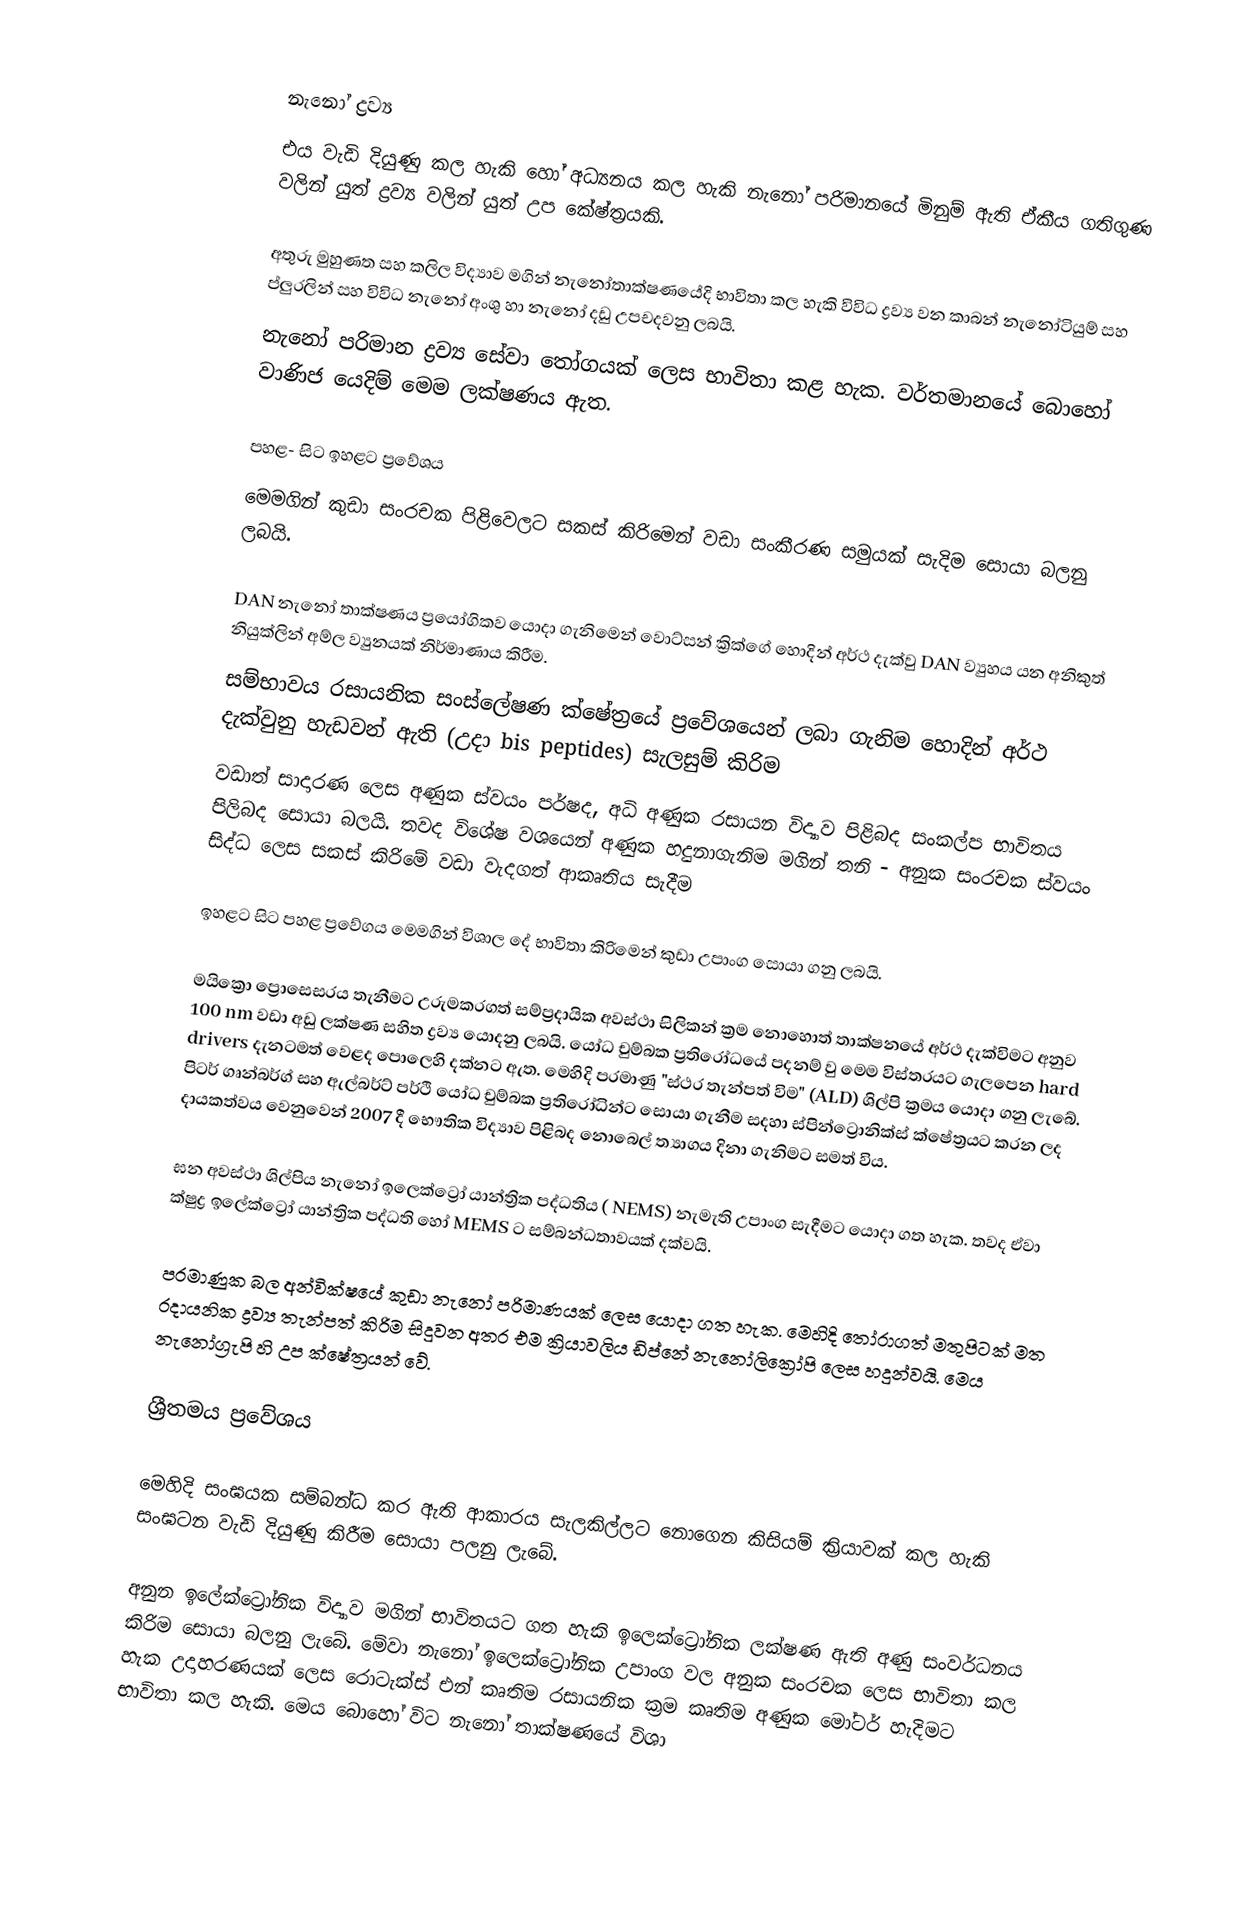

නැනෝ ද්‍රව්‍ය
එය වැඩි දියුණු කල හැකි හෝ අධ්‍යනය කල හැකි නැනෝ පරිමානයේ මිනුම් ඇති ඒකීය ගතිගුණ වලින් යුත් ද්‍රව්‍ය වලින් යුත් උප කේෂ්ත්‍රයකි.

අතුරු මුහුණත සහ කලිල විද්‍යාව මගින් නැනෝතාක්ෂණයේදි භාවිතා කල හැකි විවිධ ද්‍රව්‍ය වන කාබන් නැනෝටියුම් සහ ප්ලුරලින් සහ විවිධ නැනෝ අංශු හා නැනෝ දඩු උපචදවනු ලබයි.
නැනෝ පරිමාන ද්‍රව්‍ය සේවා තෝගයක් ලෙස භාවිතා කළ හැක. වර්තමානයේ බොහෝ වාණිජ යෙදිම් මෙම ලක්ෂණය ඇත.

පහළ- සිට ඉහළට ප්‍රවේශය
මෙමගින් කුඩා සංරචක පිළිවෙලට සකස් කිරිමෙන් වඩා සංකීරණ සමුයක් සැදිම සොයා බලනු ලබයි.

DAN නැනෝ තාක්ෂණය ප්‍ර‍යෝගිකව යොදා ගැනිමෙන් වොට්සන් ක්‍රික්ගේ හොදින් අර්ථ දැක්වු DAN ව්‍යුහය යන අනිකුත් නියුක්ලින් අම්ල ව්‍යුනයක් නිර්මාණාය කිරීම.
සම්භාවය රසායනික සංස්ලේෂණ ‍ක්ෂේත්‍රයේ ප්‍රවේශයෙන් ලබා ගැනිම හොදින් අර්ථ දැක්වුනු හැඩවන් ඇති (උදා bis peptides) සැලසුම් කිරිම
වඩාත් සාදාරණ ලෙස අණුක ස්වයං පර්ෂද, අධි අණුක රසායන විද්‍යාව පිළිබද සංකල්ප භාවිතය පිලිබද සොයා බලයි. තවද විශේෂ වශයෙන් අණුක හදුනාගැනිම මගින් තනි - අනුක සංරචක ස්වයං සිද්ධ ලෙස සකස් කිරිමේ වඩා වැදගත් ආකෘතිය සැදීම

ඉහළට සිට පහළ ප්‍රවේගය මෙමගින් විශාල දේ භාවිතා කිරිමෙන් කුඩා උපාංග සොයා ගනු ලබයි.

මයික්‍රො ප්‍රොසෙසරය තැනීමට උරුමකරගත් සම්ප්‍රදායික අවස්ථා සිලිකන් ක්‍රම නොහොත් තාක්ෂනයේ අර්ථ දැක්විමට අනුව 100 nm වඩා අඩු ලක්ෂණ සහිත ද්‍රව්‍ය යොදනු ලබයි. යෝධ චුම්බක ප්‍රතිරෝධයේ පදනම් වු මෙම විස්තරයට ගැලපෙන hard drivers දැනටමත් වෙළද පොලෙහි දක්නට ඇත. මෙහිදි පරමාණු "ස්ථර තැන්පත් විම" (ALD) ශිල්පි ක්‍රමය යොදා ගනු ලැබේ. පිටර් ගෘන්බර්ග් සහ ඇල්බර්ට් පර්ථි යෝධ චුම්බක ප්‍රතිරෝධින්ට සොයා ගැනීම සදහා ස්පින්ට්‍රොනික්ස් ‍ක්ෂේත්‍රයට කරන ලද දායකත්වය වෙනුවෙන් 2007 දී භෞතික විද්‍යාව පිළිබද නොබෙල් ත්‍යාගය දිනා ගැනිමට සමත් විය.

ඝන අවස්ථා ශිල්පිය නැනෝ ඉලෙක්ට්‍රෝ යාන්ත්‍රික පද්ධතිය ( NEMS)  නැමැති උපාංග සැදීමට යොදා ගත හැක. තවද ඒවා ක්ෂුද්‍ර ඉලේක්ට්‍රෝ ‍යාන්ත්‍රික පද්ධති හෝ MEMS ට සම්බන්ධතාවයක් දක්වයි.

පරමාණුක බල අන්වික්ෂයේ කුඩා නැනෝ පරිමාණයක් ලෙස යොදා ගත හැක. මෙහිදි තෝරාගත් මතුපිටක් මත රදායනික ද්‍රව්‍ය තැන්පත් කිරිම සිදුවන අතර එම ක්‍රියාවලිය ඩිප්නේ නැනෝලික්‍රෝපි ලෙස හදුන්වයි. මෙය නැනෝග්‍රැපි හි උ‍ප ක්ෂේත්‍රයන් වේ.

ශ්‍රීතමය ප්‍රවේශය

මෙහිදි සංඝයක සම්බන්ධ කර ඇති ආකාරය සැලකිල්ලට නොගෙන කිසියම් ක්‍රියාවක් කල හැකි සංඝටන වැඩි දියුණු කිරීම සොයා පලනු ලැබේ.

අනුන ඉලේක්ට්‍රෝනික විද්‍යාව මගින් භාවිතයට ගත හැකි ‍ඉලෙක්ට්‍රෝනික ලක්ෂණ ඇති අණු සංවර්ධනය කිරිම සොයා බලනු ලැබේ. මේවා නැනෝ ඉලෙක්ට්‍රෝනික උපාංග වල අනුක සංරචක ලෙස භාවිතා කල හැක උදාහරණයක් ලෙස රොටැක්ස් එන් කෘතිම රසායනික ක්‍රම කෘතිම අණුක මෝටර් හැදිමට භාවිතා කල හැකි. මෙය බොහෝ විට නැනෝ තාක්ෂණයේ විශා